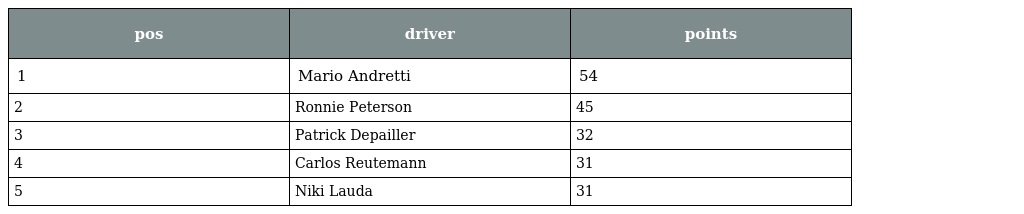
| pos | driver | points |
 | --- | --- | --- |
 | 1 | Mario Andretti | 54 |
 | 2 | Ronnie Peterson | 45 |
 | 3 | Patrick Depailler | 32 |
 | 4 | Carlos Reutemann | 31 |
 | 5 | Niki Lauda | 31 |